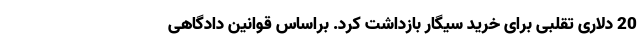
20 دلاری تقلبی برای خرید سیگار بازداشت کرد. براساس قوانین دادگاهی